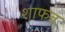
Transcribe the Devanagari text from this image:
शाफत